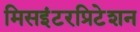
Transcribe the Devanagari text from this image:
मिसइंटरप्रिटेशन